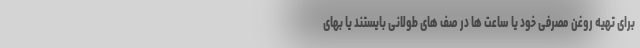
برای تهیه روغن مصرفی خود یا ساعت ها در صف های طولانی بایستند یا بهای